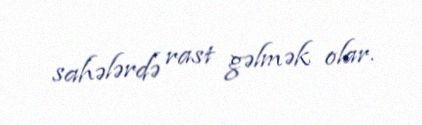
sahələrdə rast gəlmək olar.